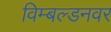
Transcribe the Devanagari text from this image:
विम्बल्डनवर